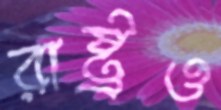
রাষ্ট্রও